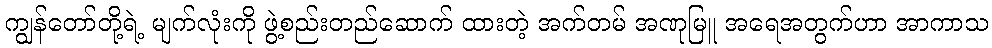
ကျွန်တော်တို့ရဲ့ မျက်လုံးကို ဖွဲ့စည်းတည်ဆောက် ထားတဲ့ အက်တမ် အဏုမြူ အရေအတွက်ဟာ အာကာသ